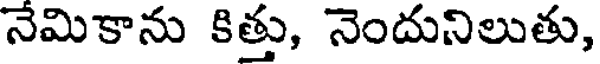
నేమికాను కిత్తు, నెందునిలుతు,